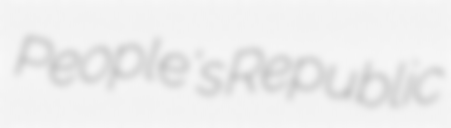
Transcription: People's Republic